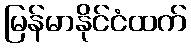
မြန်မာနိုင်ငံထက်